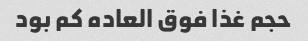
حجم غذا فوق العاده کم بود